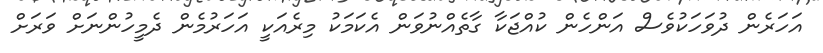
އަހަރެން ދުވަހަކުވެސް އަންހެން ކުއްޖަކާ ގާތެއްނުވަން އެކަމަކު މިރެއަކީ އަހަރުމެން ދެމީހުންނަށް ވަރަށް